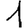
Digit: 1